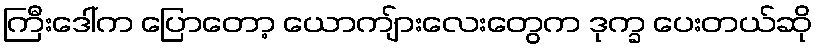
ကြီးဒေါ်က ပြောတော့ ယောကျ်ားလေးတွေက ဒုက္ခ ပေးတယ်ဆို